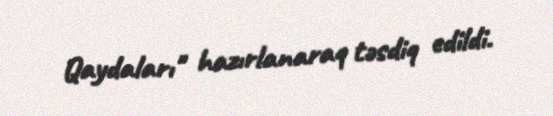
Qaydaları" hazırlanaraq təsdiq edildi.